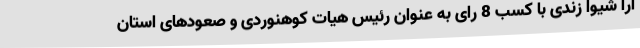
آرا شیوا زندی با کسب 8 رای به عنوان رئیس هیات کوهنوردی و صعودهای استان